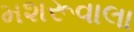
મશરૂવાલા